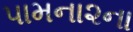
પામના૨ના